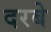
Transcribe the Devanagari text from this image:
दरबे